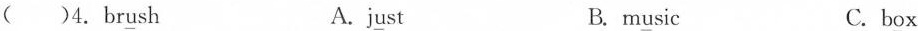
( )4. Brush A.just B. music C.box